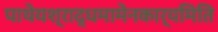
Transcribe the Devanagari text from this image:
पाथेयश्राद्धमामेनकार्यमिति